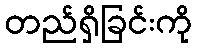
တည်ရှိခြင်းကို